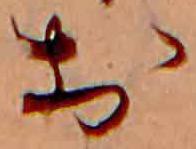
お